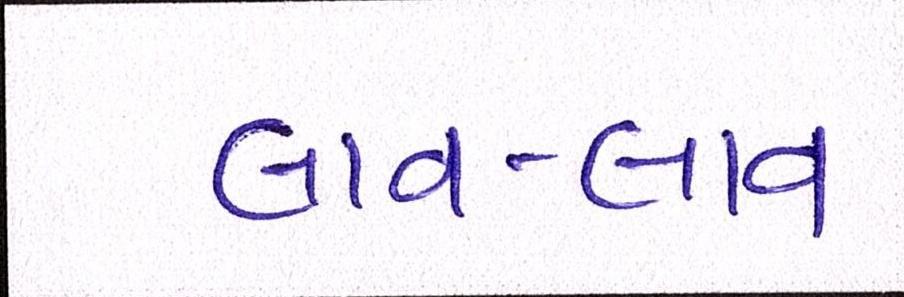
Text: લાવ-લાવ